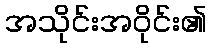
အသိုင်းအဝိုင်း၏